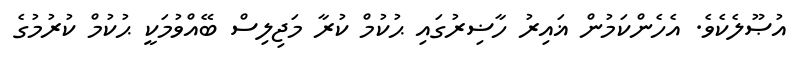
އުޞޫލެކެވެ. އެހެންކަމުން ޣައިރު ހާޟިރުގައި ޙުކުމް ކުރާ މަޖިލިސް ބޭއްވުމަކީ ޙުކުމް ކުރުމުގެ